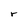
Character: r